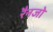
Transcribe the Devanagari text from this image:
रैनजो